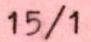
15/1